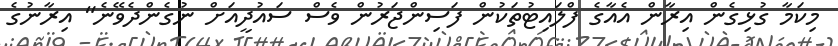
މިކަމާ ގުޅިގެން އިރާން އެއާގެ ފްލައިޓުތަކުން ފަސިންޖަރުން ވެސް ސައުދީއަށް ނުގެންދެވޭނެ" އިރާނުގެ